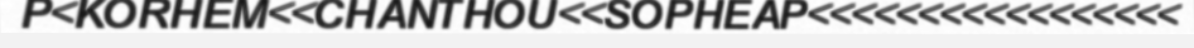
P<KORHEM<<CHANTHOU<<SOPHEAP<<<<<<<<<<<<<<<<<